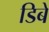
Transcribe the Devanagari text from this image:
डिबे